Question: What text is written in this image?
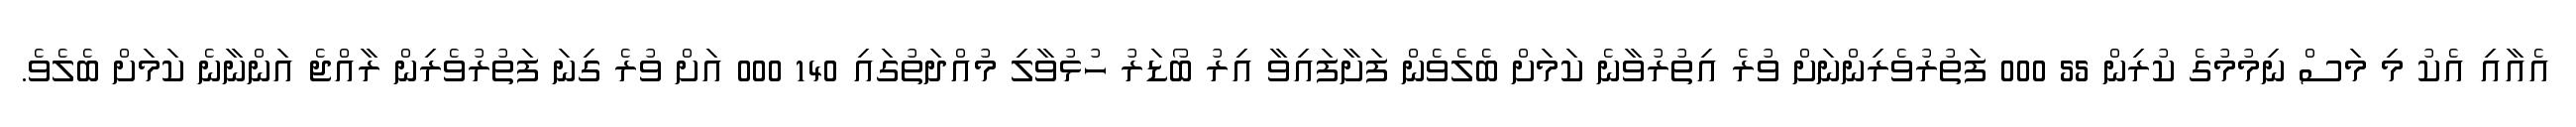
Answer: އެއާއި އެކު މި މަސް ނިމުމުގެ ކުރިން 55 000 ފަތުރުވެރިންނަށް ވުރެ އިތުރުވާނެ ކަމަށް ބެލެވެން ފަށާފައިވާ އިރު ބޯޑަރު ހުޅުވާލި މުއްދަތުގައި 140 000 އަށް ވުރެ ގިނަ ފަތުރުވެރިން ރާއްޖެ އަންނާނެ ކަމަށް ބެލެވެ.